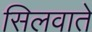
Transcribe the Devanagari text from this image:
सिलवाते